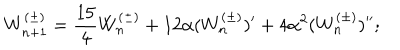
W _ { n + 1 } ^ { ( \pm ) } = \frac { 1 5 } { 4 } W _ { n } ^ { ( \pm ) } + 1 2 \alpha ( W _ { n } ^ { ( \pm ) } ) ^ { \prime } + 4 \alpha ^ { 2 } ( W _ { n } ^ { ( \pm ) } ) ^ { \prime \prime } ;